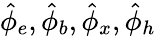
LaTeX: \hat{\phi}_{e},\hat{\phi}_{b},\hat{\phi}_{x},\hat{\phi}_{h}